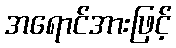
အရောင်အားဖြင့်